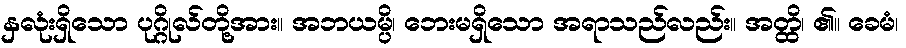
နှလုံးရှိသော ပုဂ္ဂိုလ်တို့အား။ အဘယမ္ပိ၊ ဘေးမရှိသော အရာသည်လည်း။ အတ္ထိ၊ ၏။ ခေမံ၊